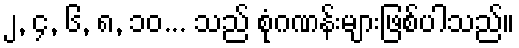
၂, ၄, ၆, ၈, ၁၀... သည် စုံဂဏန်းများဖြစ်ပါသည်။